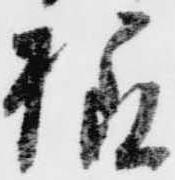
様